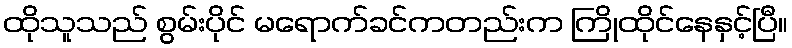
ထိုသူသည် စွမ်းပိုင် မရောက်ခင်ကတည်းက ကြိုထိုင်နေနှင့်ပြီ။